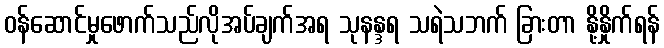
ဝန်ဆောင်မှုဖောက်သည်လိုအပ်ချက်အရ သုနန္ဒရ သရဲသဘက် ခြားတာ နို့နှိုက်ရန်